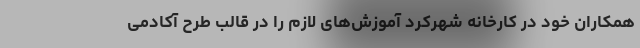
همکاران خود در کارخانه شهرکرد آموزش‌های لازم را در قالب طرح آکادمی